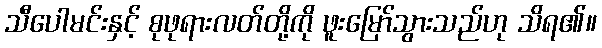
သီပေါမင်းနှင့် စုဖုရားလတ်တို့ကို ဖူးမြော်သွားသည်ဟု သိရ၏။